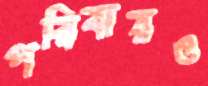
পরিবারও